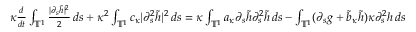
\begin{array} { r l } & { \kappa \frac { d } { d t } \int _ { \ensuremath { \mathbb { T } } ^ { 1 } } \frac { | \partial _ { s } \tilde { h } | ^ { 2 } } 2 \, d s + \kappa ^ { 2 } \int _ { \ensuremath { \mathbb { T } } ^ { 1 } } c _ { \kappa } | \partial _ { s } ^ { 2 } \tilde { h } | ^ { 2 } \, d s = \kappa \int _ { \ensuremath { \mathbb { T } } ^ { 1 } } a _ { \kappa } \partial _ { s } \tilde { h } \partial _ { s } ^ { 2 } \tilde { h } \, d s - \int _ { \ensuremath { \mathbb { T } } ^ { 1 } } ( \partial _ { s } g + \tilde { b } _ { \kappa } \tilde { h } ) \kappa \partial _ { s } ^ { 2 } h \, d s } \end{array}